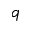
q